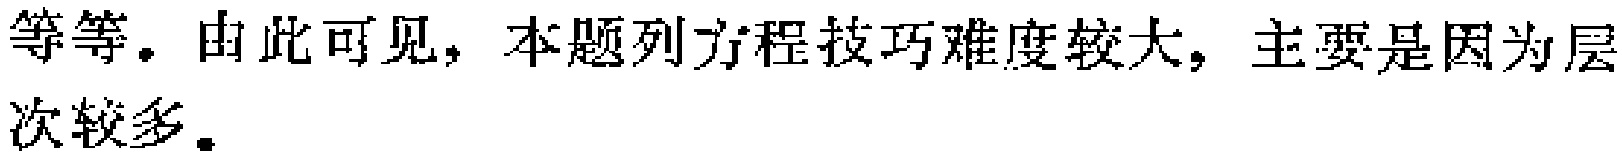
等等。由此可见，本题列方程技巧难度较大，主要是因为层次较多。